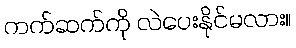
ကက်ဆက်ကို လဲပေးနိုင်မလား။